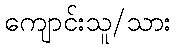
ကျောင်းသူ/သား